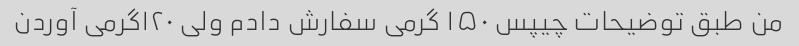
من طبق توضیحات چیپس ۱۵۰ گرمی سفارش دادم ولی ۱۲۰گرمی آوردن